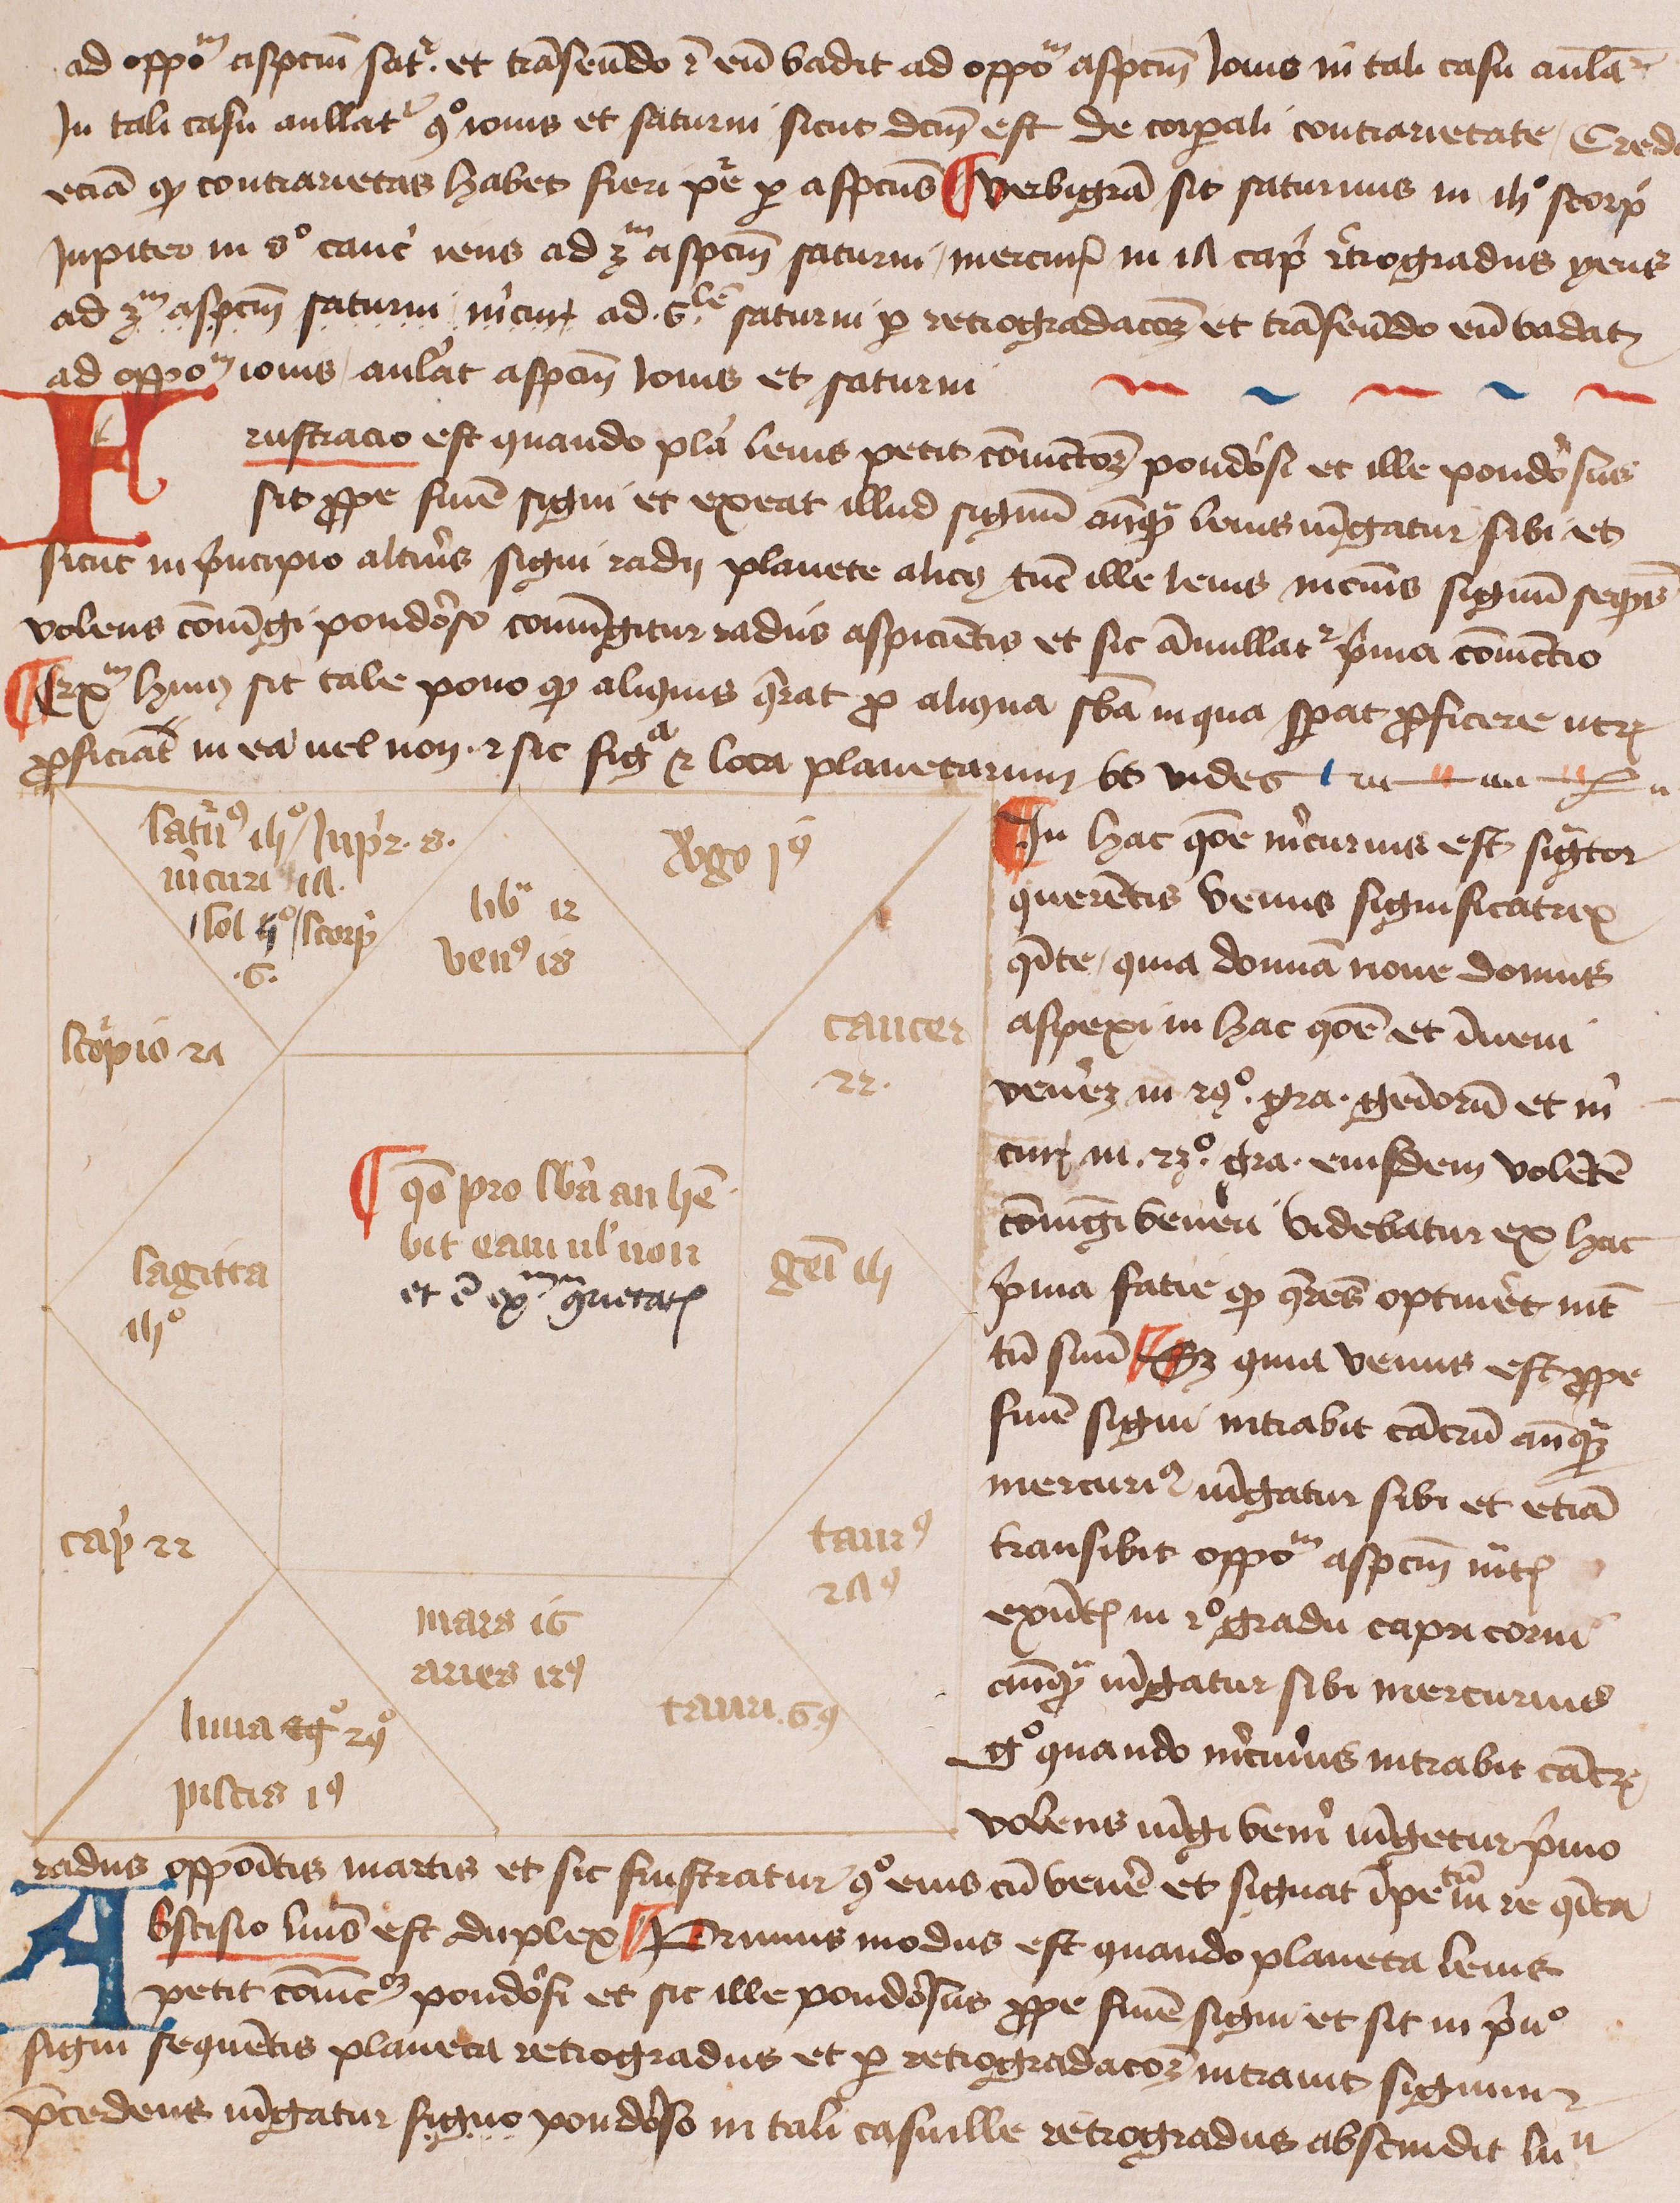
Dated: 1425–1449